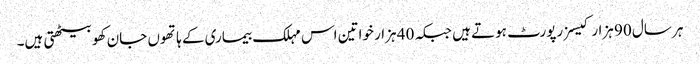
ہر سال 90 ہزار کیسز رپورٹ ہوتے ہیں جبکہ 40 ہزار خواتین اس مہلک بیماری کے ہاتھوں جان کھو بیٹھتی ہیں۔